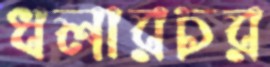
ধলারচর